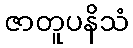
ဇာတူပနိသံ